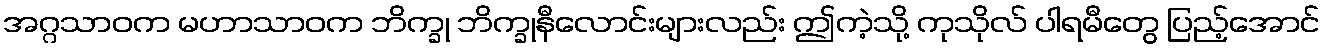
အဂ္ဂသာဝက မဟာသာဝက ဘိက္ခု ဘိက္ခုနီလောင်းများလည်း ဤကဲ့သို့ ကုသိုလ် ပါရမီတွေ ပြည့်အောင်